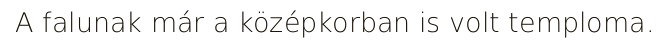
A falunak már a középkorban is volt temploma.